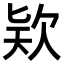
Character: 𣢸